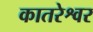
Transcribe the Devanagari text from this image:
कातरेश्वर